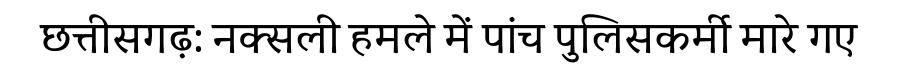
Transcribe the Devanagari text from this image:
छत्तीसगढ़: नक्सली हमले में पांच पुलिसकर्मी मारे गए